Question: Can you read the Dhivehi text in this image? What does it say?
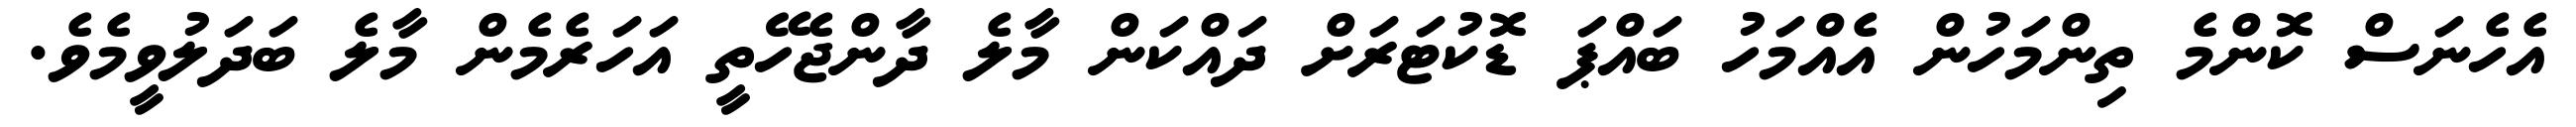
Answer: އެހެނަސް ކޮންމެ ތިންމަހުން އެއްމަހު ބައްޕަ ޑޮކުޓަރަށް ދައްކަން މާލެ ދާންޖެހޭތީ އަހަރެމެން މާލެ ބަދަލުވީމެވެ.